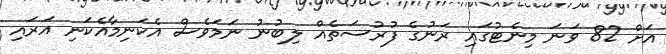
އަށް 82 ވަނަ މިނެޓުގައި ރަނުގެ ފުރުސަތެއް ލިބުނު ނަމަވެސް އެކަނިމާއެކަނި އަރައި